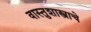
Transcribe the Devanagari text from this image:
वास्तुशास्त्राचे